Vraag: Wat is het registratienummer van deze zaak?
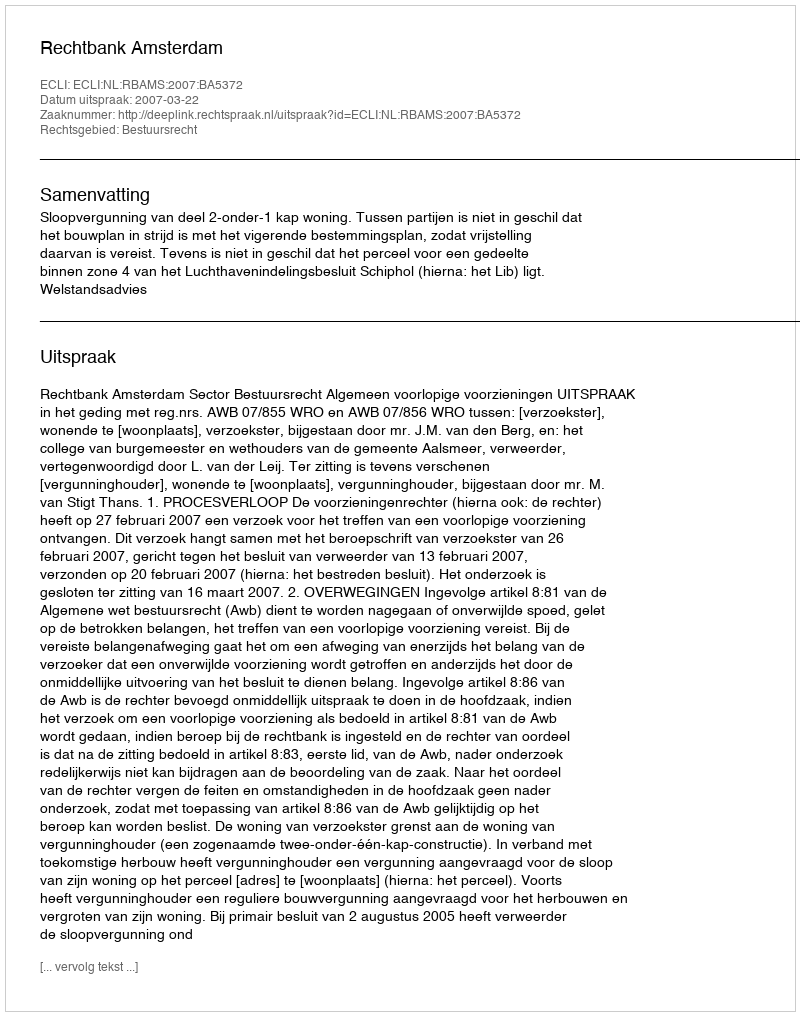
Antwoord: http://deeplink.rechtspraak.nl/uitspraak?id=ECLI:NL:RBAMS:2007:BA5372